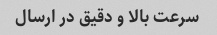
سرعت بالا و دقیق در ارسال